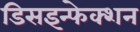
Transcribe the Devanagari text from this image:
डिसइन्फेक्शन